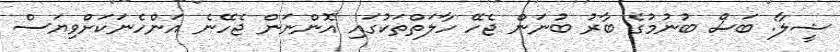
ޝީލާ: ބަސް ބުނުމުގެ ބާރު ބުނަން ޖެހޭ ހާލަތްތަކުގައި އޮންނަން ޖެހޭނެ އަންހެނަކަށްވިޔަސް